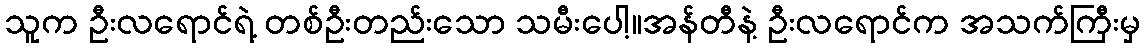
သူက ဦးလရောင်ရဲ့ တစ်ဦးတည်းသော သမီးပေါ့။အန်တီနဲ့ ဦးလရောင်က အသက်ကြီးမှ